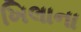
ખિલાના